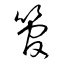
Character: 管